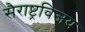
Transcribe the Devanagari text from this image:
सैराष्ट्रविजय